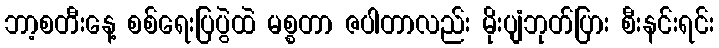
ဘာ့စတီးနေ့ စစ်ရေးပြပွဲထဲ မစ္စတာ ဇပါတာလည်း မိုးပျံဘုတ်ပြား စီးနင်းရင်း